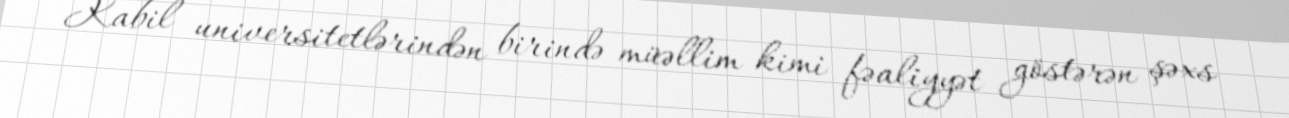
Kabil universitetlərindən birində müəllim kimi fəaliyyət göstərən şəxs